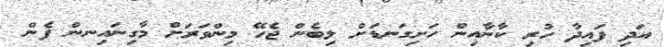
އަދި ފައިދާ ހުރި ކާނާއިން ހަށިގަނޑަށް ލިބެން ޖެހޭ މިންވަރަށް މާގިނައިނން ފެން